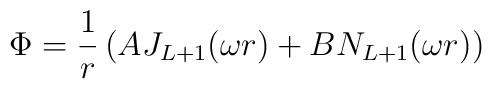
\Phi = \frac{1}{r}\left(AJ_{L+1} (\omega r) + B N_{L+1}(\omega r)\right)